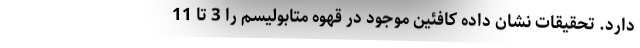
دارد. تحقیقات نشان داده کافئین موجود در قهوه متابولیسم را 3 تا 11